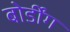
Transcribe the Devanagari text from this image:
बोर्डींग